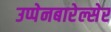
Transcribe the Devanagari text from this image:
उप्पेनबारेल्सेर